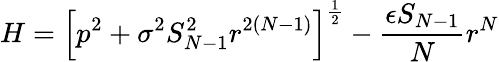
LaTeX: H=\left[p^{2}+\sigma^{2}S_{N-1}^{2}r^{2(N-1)}\right]^{\frac 12}-\frac{\epsilon S_{N-1}}{N}r^{N}